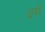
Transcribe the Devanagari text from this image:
वगे